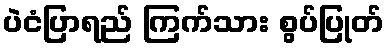
ပဲငံပြာရည် ကြက်သား စွပ်ပြုတ်